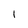
Character: 1